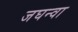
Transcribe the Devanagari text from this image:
जघन्वा